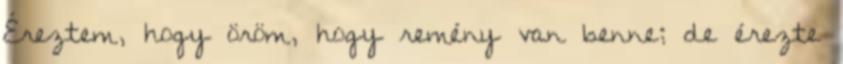
Éreztem, hogy öröm, hogy remény van benne; de érezte